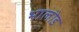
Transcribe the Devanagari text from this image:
भालोड